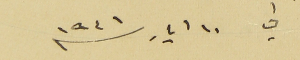
في ١٠ ايار سنه ١٩٤١